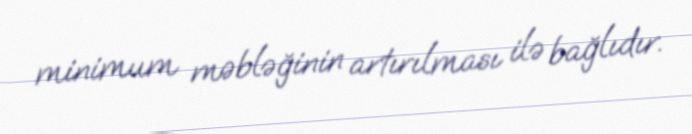
minimum məbləğinin artırılması ilə bağlıdır.